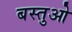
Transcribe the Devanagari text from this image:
बस्तुओ